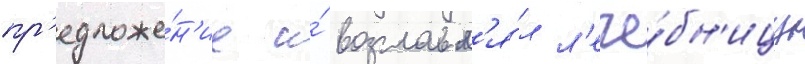
пр'едложе́н'ие и́ возглавл'я́л л'ече́бн'ицу